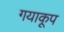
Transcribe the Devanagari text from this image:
गयाकूप